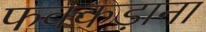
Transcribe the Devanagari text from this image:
फक्‍कड़ाना